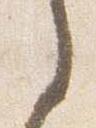
之